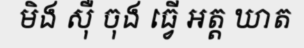
មិង ស៊ឺ ចុង ធ្វើ អត្ត ឃាត